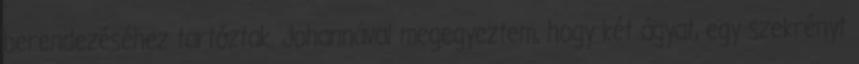
berendezéséhez tartóztak. Johannával megegyeztem, hogy két ágyat, egy szekrényt